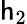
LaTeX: \mathsf{h}_{2}